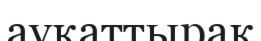
ауқаттырақ